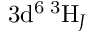
\mathrm { 3 d ^ { 6 } \, ^ { 3 } H } _ { J }